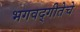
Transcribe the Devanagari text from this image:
भगवद्‌गीतेचे